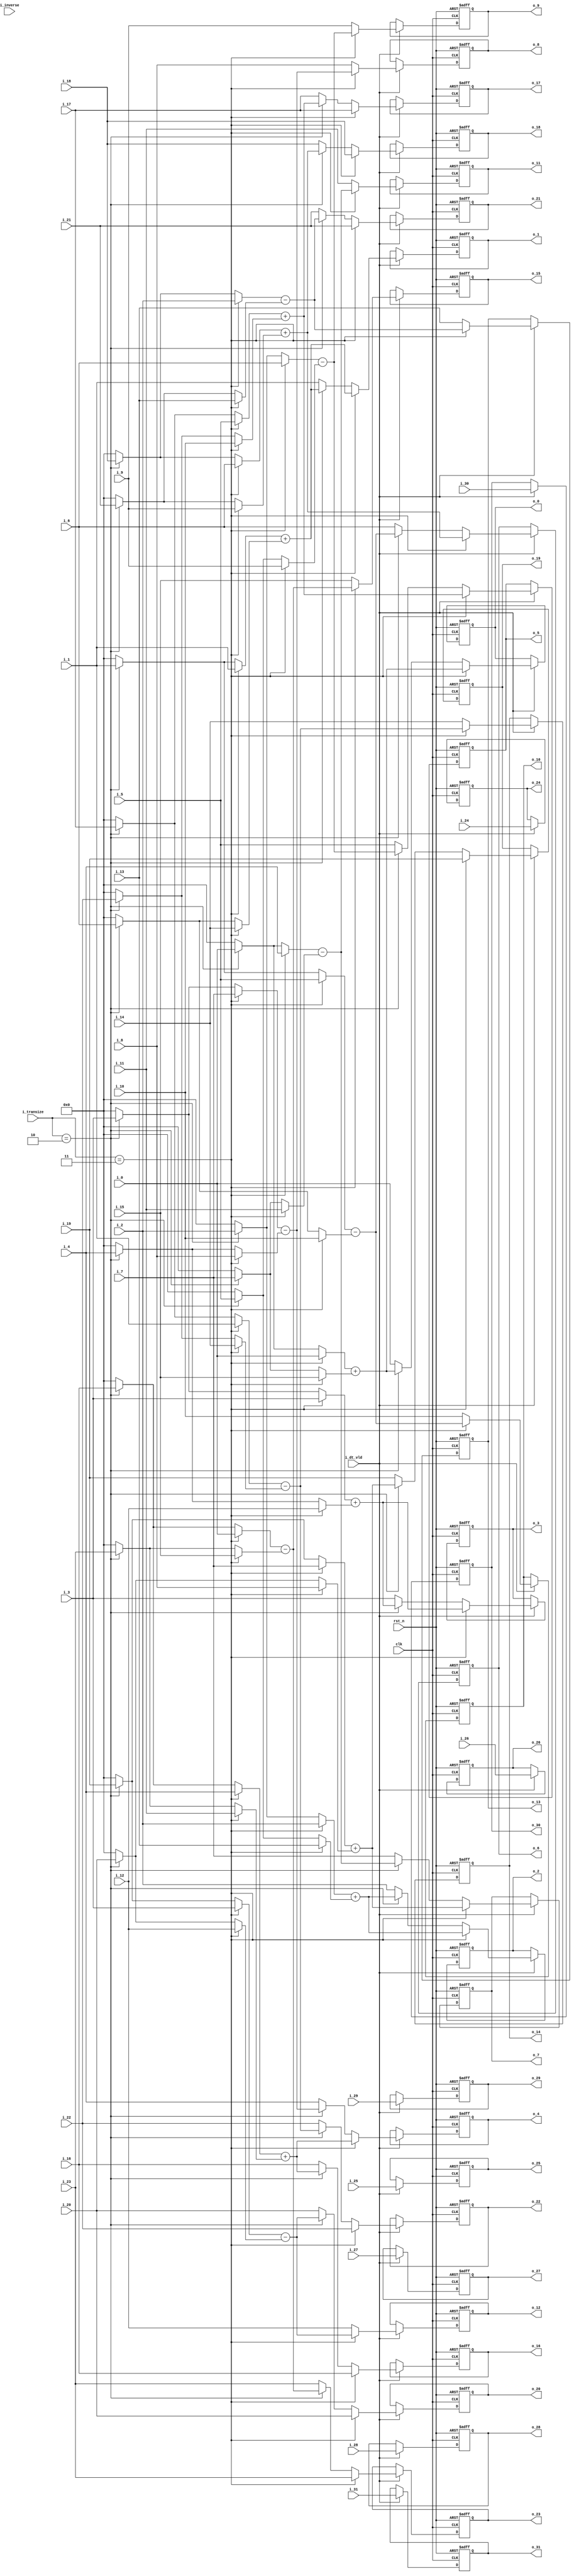
//company       : xm tech
//project name  : H265i
//top module    : dct_top_2d.v
//data          : 2018.01.17
//delay         : 1 clk 
//describe      :
//modification  :
//v1.0          :
module be_level1(
	clk         ,
	rst_n       ,
	i_dt_vld    ,
	i_inverse   ,
	i_transize  ,
	i_0         ,	
	i_1         ,	
	i_2         ,	
	i_3         ,	
	i_4         ,	
	i_5         ,	
	i_6         ,	
	i_7         ,	
	i_8         ,	
	i_9         ,	
	i_10        ,	
	i_11        ,	
	i_12        ,	
	i_13        ,	
	i_14        ,	
	i_15        ,	
	i_16        ,	
	i_17        ,	
	i_18        ,	
	i_19        ,	
	i_20        ,	
	i_21        ,	
	i_22        ,	
	i_23        ,	
	i_24        ,	
	i_25        ,	
	i_26        ,	
	i_27        ,	
	i_28        ,	
	i_29        ,	
	i_30        ,	
	i_31        ,
//------------------------	
	o_0         ,	
	o_1         ,	
	o_2         ,	
	o_3         ,	
	o_4         ,	
	o_5         ,	
	o_6         ,	
	o_7         ,	
	o_8         ,	
	o_9         ,	
	o_10        ,	
	o_11        ,	
	o_12        ,	
	o_13        ,	
	o_14        ,	
	o_15        ,	
	o_16        ,	
	o_17        ,	
	o_18        ,	
	o_19        ,	
	o_20        ,	
	o_21        ,	
	o_22        ,	
	o_23        ,	
	o_24        ,	
	o_25        ,	
	o_26        ,	
	o_27        ,
	o_28        ,	
	o_29        ,	
	o_30        ,	
	o_31        	
);

input   	clk         ;
input   	rst_n       ;
input           i_dt_vld    ;
input           i_inverse   ;
input [1:0]  	i_transize  ;
input [27:0]	i_0         ;	
input [27:0]	i_1         ;	
input [27:0]	i_2         ;	
input [27:0]	i_3         ;	
input [27:0]	i_4         ;	
input [27:0]	i_5         ;	
input [27:0]	i_6         ;	
input [27:0]	i_7         ;	
input [27:0]	i_8         ;	
input [27:0]	i_9         ;	
input [27:0]	i_10        ;	
input [27:0]	i_11        ;	
input [27:0]	i_12        ;	
input [27:0]	i_13        ;	
input [27:0]	i_14        ;	
input [27:0]	i_15        ;	
input [27:0]	i_16        ;	
input [27:0]	i_17        ;	
input [27:0]	i_18        ;	
input [27:0]	i_19        ;	
input [27:0]	i_20        ;	
input [27:0]	i_21        ;	
input [27:0]	i_22        ;	
input [27:0]	i_23        ;	
input [27:0]	i_24        ;	
input [27:0]	i_25        ;	
input [27:0]	i_26        ;	
input [27:0]	i_27        ;	
input [27:0]	i_28        ;	
input [27:0]	i_29        ;	
input [27:0]	i_30        ;	
input [27:0]	i_31        ;
	
//--------
output [27:0]	o_0         ;	
output [27:0]	o_1         ;	
output [27:0]	o_2         ;	
output [27:0]	o_3         ;	
output [27:0]	o_4         ;	
output [27:0]	o_5         ;	
output [27:0]	o_6         ;	
output [27:0]	o_7         ;	
output [27:0]	o_8         ;	
output [27:0]	o_9         ;	
output [27:0]	o_10        ;	
output [27:0]	o_11        ;	
output [27:0]	o_12        ;	
output [27:0]	o_13        ;	
output [27:0]	o_14        ;	
output [27:0]	o_15        ;	
output [27:0]	o_16        ;	
output [27:0]	o_17        ;	
output [27:0]	o_18        ;	
output [27:0]	o_19        ;	
output [27:0]	o_20        ;	
output [27:0]	o_21        ;	
output [27:0]	o_22        ;	
output [27:0]	o_23        ;	
output [27:0]	o_24        ;	
output [27:0]	o_25        ;	
output [27:0]	o_26        ;	
output [27:0]	o_27        ;
output [27:0]	o_28        ;	
output [27:0]	o_29        ;	
output [27:0]	o_30        ;	
output [27:0]	o_31        ;	
//------------------------reg-----------------//
reg     [27:0]	o_0         ;	
reg     [27:0]	o_1         ;	
reg     [27:0]	o_2         ;	
reg     [27:0]	o_3         ;	
reg     [27:0]	o_4         ;	
reg     [27:0]	o_5         ;	
reg     [27:0]	o_6         ;	
reg     [27:0]	o_7         ;	
reg     [27:0]	o_8         ;	
reg     [27:0]	o_9         ;	
reg     [27:0]	o_10        ;	
reg     [27:0]	o_11        ;	
reg     [27:0]	o_12        ;	
reg     [27:0]	o_13        ;	
reg     [27:0]	o_14        ;	
reg     [27:0]	o_15        ;	
reg     [27:0]	o_16        ;	
reg     [27:0]	o_17        ;	
reg     [27:0]	o_18        ;	
reg     [27:0]	o_19        ;	
reg     [27:0]	o_20        ;	
reg     [27:0]	o_21        ;	
reg     [27:0]	o_22        ;	
reg     [27:0]	o_23        ;	
reg     [27:0]	o_24        ;	
reg     [27:0]	o_25        ;	
reg     [27:0]	o_26        ;	
reg     [27:0]	o_27        ;
reg     [27:0]	o_28        ;	
reg     [27:0]	o_29        ;	
reg     [27:0]	o_30        ;	
reg     [27:0]	o_31        ;	
//--------------------------------------//
reg     [27:0]  data0_add0  ;   
reg     [27:0]  data1_add0  ;
reg     [27:0]  data2_add0  ;
reg     [27:0]  data3_add0  ;
reg     [27:0]  data4_add0  ;
reg     [27:0]  data5_add0  ;
reg     [27:0]  data6_add0  ;
reg     [27:0]  data7_add0  ;

reg     [27:0]  data0_add1  ;   
reg     [27:0]  data1_add1  ;
reg     [27:0]  data2_add1  ;
reg     [27:0]  data3_add1  ;
reg     [27:0]  data4_add1  ;
reg     [27:0]  data5_add1  ;
reg     [27:0]  data6_add1  ;
reg     [27:0]  data7_add1  ;

reg     [27:0]  data0_sub0  ;   
reg     [27:0]  data1_sub0  ;
reg     [27:0]  data2_sub0  ;
reg     [27:0]  data3_sub0  ;
reg     [27:0]  data4_sub0  ;
reg     [27:0]  data5_sub0  ;
reg     [27:0]  data6_sub0  ;
reg     [27:0]  data7_sub0  ;

reg     [27:0]  data0_sub1  ;   
reg     [27:0]  data1_sub1  ;
reg     [27:0]  data2_sub1  ;
reg     [27:0]  data3_sub1  ;
reg     [27:0]  data4_sub1  ;
reg     [27:0]  data5_sub1  ;
reg     [27:0]  data6_sub1  ;
reg     [27:0]  data7_sub1  ;
//------------------------------------//
wire    [27:0]  sum0        ;       
wire    [27:0]  sum1        ;
wire    [27:0]  sum2        ;
wire    [27:0]  sum3        ;
wire    [27:0]  sum4        ;
wire    [27:0]  sum5        ;
wire    [27:0]  sum6        ;
wire    [27:0]  sum7        ;

wire    [27:0]  sub0        ;
wire    [27:0]  sub1        ;
wire    [27:0]  sub2        ;
wire    [27:0]  sub3        ;
wire    [27:0]  sub4        ;
wire    [27:0]  sub5        ;
wire    [27:0]  sub6        ;
wire    [27:0]  sub7        ;
//------------------------------add---------------------//
always @(*)
begin
	   if(i_transize == 2'd3) //dct32x32/idct32x32:b16
	   begin
	   	data0_add0  = i_0;
	   	data1_add0  = i_1;
	   	data2_add0  = i_2;
	   	data3_add0  = i_3;
	   	data4_add0  = i_4;
	   	data5_add0  = i_5;
	   	data6_add0  = i_6;
	   	data7_add0  = i_7;
	   end
	   else if(i_transize == 2'd2)//dct16x16/idct16x16:b8 b8 
	   begin
	   	data0_add0  = i_0;
	   	data1_add0  = i_1;
	   	data2_add0  = i_2;
	   	data3_add0  = i_3;
	   	data4_add0  = i_16;
	   	data5_add0  = i_17;
	   	data6_add0  = i_18;
	   	data7_add0  = i_19;
	   end 	
	  else
	  begin
	  	data0_add0  = 28'd0;
	  	data1_add0  = 28'd0;
		data2_add0  = 28'd0;
  		data3_add0  = 28'd0;
	  	data4_add0  = 28'd0;
	  	data5_add0  = 28'd0;
	  	data6_add0  = 28'd0;
	  	data7_add0  = 28'd0;
	  end
end 

always @(*)
begin
        if(i_transize == 2'd3)//dct32x32/idct32x32:b16
        begin
        	data0_add1  = i_15;
        	data1_add1  = i_14;
        	data2_add1  = i_13;
        	data3_add1  = i_12;
        	data4_add1  = i_11;
        	data5_add1  = i_10;
        	data6_add1  = i_9 ;
        	data7_add1  = i_8 ;
        end
        else if(i_transize == 2'd2)//dct32x32/idct32x32:b8b8
        begin
        	data0_add1  = i_7;
        	data1_add1  = i_6;
        	data2_add1  = i_5;
        	data3_add1  = i_4;
        	data4_add1  = i_23;
        	data5_add1  = i_22;
        	data6_add1  = i_21;
        	data7_add1  = i_20;
        end
	else
	begin
	        data0_add1  = 28'd0;
	        data1_add1  = 28'd0;
	        data2_add1  = 28'd0;
	        data3_add1  = 28'd0;
	        data4_add1  = 28'd0;
	        data5_add1  = 28'd0;
	        data6_add1  = 28'd0;
	        data7_add1  = 28'd0;
	end
end 
//--------------------------------sub----------------------------//
always @(*)
begin
	if(i_transize == 2'd3)
	begin
		data0_sub0  = i_7;
		data1_sub0  = i_6;
		data2_sub0  = i_5;
		data3_sub0  = i_4;
		data4_sub0  = i_3;
		data5_sub0  = i_2;
		data6_sub0  = i_1;
		data7_sub0  = i_0;
	end
	else if(i_transize == 2'd2) 
	begin
		data0_sub0  = i_3;
		data1_sub0  = i_2;
		data2_sub0  = i_1;
		data3_sub0  = i_0;
		data4_sub0  = i_19;
		data5_sub0  = i_18;
		data6_sub0  = i_17;
		data7_sub0  = i_16;
	end 	
	else
	begin
		data0_sub0  =28'd0 ;
		data1_sub0  =28'd0 ;
		data2_sub0  =28'd0 ;
		data3_sub0  =28'd0 ;
		data4_sub0  =28'd0 ;
		data5_sub0  =28'd0 ;
		data6_sub0  =28'd0 ;
		data7_sub0  =28'd0 ;
	end
end 

always @(*)
begin
	if(i_transize == 2'd3)//dct32x32 idct32x32:b16
	begin
		data0_sub1  = i_8;
		data1_sub1  = i_9;
		data2_sub1  = i_10;
		data3_sub1  = i_11;
		data4_sub1  = i_12;
		data5_sub1  = i_13;
		data6_sub1  = i_14;
		data7_sub1  = i_15;
	end
	else if(i_transize == 2'd2)//dct16x16 idct16x16:b8 b8
	begin
		data0_sub1  = i_4;
		data1_sub1  = i_5;
		data2_sub1  = i_6;
		data3_sub1  = i_7;
		data4_sub1  = i_20;
		data5_sub1  = i_21;
		data6_sub1  = i_22;
		data7_sub1  = i_23;
	end
	else
	begin
		data0_sub1  = 28'd0;
	        data1_sub1  = 28'd0;
	        data2_sub1  = 28'd0;
	        data3_sub1  = 28'd0;
	        data4_sub1  = 28'd0;
	        data5_sub1  = 28'd0;
	        data6_sub1  = 28'd0;
	        data7_sub1  = 28'd0;
	end
end 

assign sum0 = data0_add0  + data0_add1 ; 
assign sum1 = data1_add0  + data1_add1 ; 
assign sum2 = data2_add0  + data2_add1 ; 
assign sum3 = data3_add0  + data3_add1 ; 
assign sum4 = data4_add0  + data4_add1 ; 
assign sum5 = data5_add0  + data5_add1 ; 
assign sum6 = data6_add0  + data6_add1 ; 
assign sum7 = data7_add0  + data7_add1 ; 

assign sub0 = data0_sub0  - data0_sub1 ; 
assign sub1 = data1_sub0  - data1_sub1 ; 
assign sub2 = data2_sub0  - data2_sub1 ; 
assign sub3 = data3_sub0  - data3_sub1 ; 
assign sub4 = data4_sub0  - data4_sub1 ; 
assign sub5 = data5_sub0  - data5_sub1 ; 
assign sub6 = data6_sub0  - data6_sub1 ; 
assign sub7 = data7_sub0  - data7_sub1 ; 

always @(posedge clk or negedge rst_n)
begin
	if(!rst_n)
	begin
		o_0  <= 28'd0 ;
	        o_1  <= 28'd0 ;       
                o_2  <= 28'd0 ;
                o_3  <= 28'd0 ;
                o_4  <= 28'd0 ;
                o_5  <= 28'd0 ;
                o_6  <= 28'd0 ;
                o_7  <= 28'd0 ;
                o_8  <= 28'd0 ;
                o_9  <= 28'd0 ;
                o_10 <= 28'd0 ;
                o_11 <= 28'd0 ;
                o_12 <= 28'd0 ;
                o_13 <= 28'd0 ;
                o_14 <= 28'd0 ;
                o_15 <= 28'd0 ;
                o_16 <= 28'd0 ;
		o_16 <= 28'd0 ;
	        o_17 <= 28'd0 ;       
                o_18 <= 28'd0 ;
                o_19 <= 28'd0 ;
                o_20 <= 28'd0 ;
                o_21 <= 28'd0 ;
                o_22 <= 28'd0 ;
                o_23 <= 28'd0 ;
                o_24 <= 28'd0 ;
                o_25 <= 28'd0 ;
                o_26 <= 28'd0 ;
                o_27 <= 28'd0 ;
                o_28 <= 28'd0 ;
                o_29 <= 28'd0 ;
                o_30 <= 28'd0 ;
                o_31 <= 28'd0 ;
	end
	else if(i_dt_vld)
	begin
		if(i_transize == 2'd3)
		begin
			o_0  <=  sum0 ;
		        o_1  <=  sum1 ;       
        	        o_2  <=  sum2 ;
        	        o_3  <=  sum3 ;
        	        o_4  <=  sum4 ;
        	        o_5  <=  sum5 ;
        	        o_6  <=  sum6 ;
        	        o_7  <=  sum7 ;
        	        o_8  <=  sub0 ;
        	        o_9  <=  sub1 ;
        	        o_10 <=  sub2 ;
        	        o_11 <=  sub3 ;
        	        o_12 <=  sub4 ;
        	        o_13 <=  sub5 ;
        	        o_14 <=  sub6 ;
        	        o_15 <=  sub7 ;
			o_16 <=  i_16;
		        o_17 <=  i_17;       
        	        o_18 <=  i_18;
        	        o_19 <=  i_19;
        	        o_20 <=  i_20;
        	        o_21 <=  i_21;
        	        o_22 <=  i_22;
        	        o_23 <=  i_23;
        	        o_24 <=  i_24;
        	        o_25 <=  i_25;
        	        o_26 <=  i_26;
        	        o_27 <=  i_27;
        	        o_28 <=  i_28;
        	        o_29 <=  i_29;
        	        o_30 <=  i_30;
        	        o_31 <=  i_31;
		end
		else if(i_transize == 2'd2)
		begin
			o_0  <=  sum0 ;
		        o_1  <=  sum1 ;       
        	        o_2  <=  sum2 ;
        	        o_3  <=  sum3 ;
        	        o_4  <=  sub0 ;
        	        o_5  <=  sub1 ;
        	        o_6  <=  sub2 ;
        	        o_7  <=  sub3 ;
        	        o_8  <=  i_8  ;
        	        o_9  <=  i_9  ;
        	        o_10 <=  i_10 ;
        	        o_11 <=  i_11 ;
        	        o_12 <=  i_12 ;
        	        o_13 <=  i_13 ;
        	        o_14 <=  i_14 ;
        	        o_15 <=  i_15 ;
			o_16 <=  sum4;
		        o_17 <=  sum5;       
        	        o_18 <=  sum6;
        	        o_19 <=  sum7;
        	        o_20 <=  sub4;
        	        o_21 <=  sub5;
        	        o_22 <=  sub6;
        	        o_23 <=  sub7;
        	        o_24 <=  i_24;
        	        o_25 <=  i_25;
        	        o_26 <=  i_26;
        	        o_27 <=  i_27;
        	        o_28 <=  i_28;
        	        o_29 <=  i_29;
        	        o_30 <=  i_30;
        	        o_31 <=  i_31;
		end
		else
		begin
			o_0  <=  i_0 ;
		        o_1  <=  i_1 ;       
        	        o_2  <=  i_2 ;
        	        o_3  <=  i_3 ;
        	        o_4  <=  i_4 ;
        	        o_5  <=  i_5 ;
        	        o_6  <=  i_6 ;
        	        o_7  <=  i_7 ;
        	        o_8  <=  i_8 ;
        	        o_9  <=  i_9 ;
        	        o_10 <=  i_10;
        	        o_11 <=  i_11;
        	        o_12 <=  i_12;
        	        o_13 <=  i_13;
        	        o_14 <=  i_14;
        	        o_15 <=  i_15;
			o_16 <=  i_16;
		        o_17 <=  i_17;       
        	        o_18 <=  i_18;
        	        o_19 <=  i_19;
        	        o_20 <=  i_20;
        	        o_21 <=  i_21;
        	        o_22 <=  i_22;
        	        o_23 <=  i_23;
        	        o_24 <=  i_24;
        	        o_25 <=  i_25;
        	        o_26 <=  i_26;
        	        o_27 <=  i_27;
        	        o_28 <=  i_28;
        	        o_29 <=  i_29;
        	        o_30 <=  i_30;
        	        o_31 <=  i_31;
		end
	end
end
 

endmodule